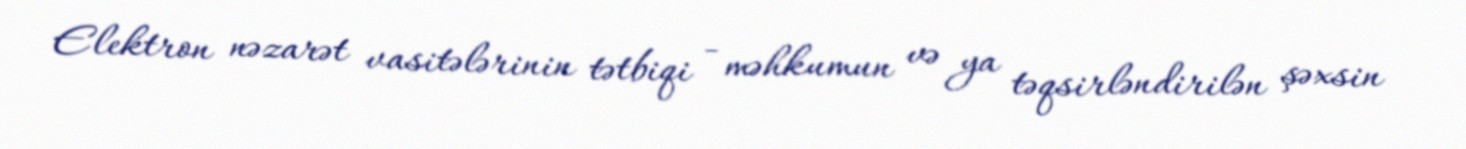
Elektron nəzarət vasitələrinin tətbiqi - məhkumun və ya təqsirləndirilən şəxsin